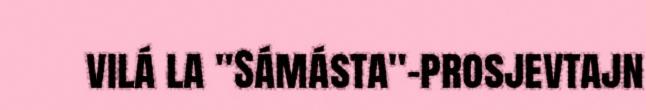
vilá la "Sámásta"-prosjevtajn